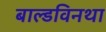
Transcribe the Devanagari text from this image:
बाल्डविनथा